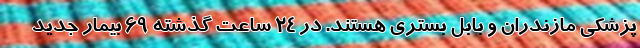
پزشکی مازندران و بابل بستری هستند. در 24 ساعت گذشته 69 بیمار جدید